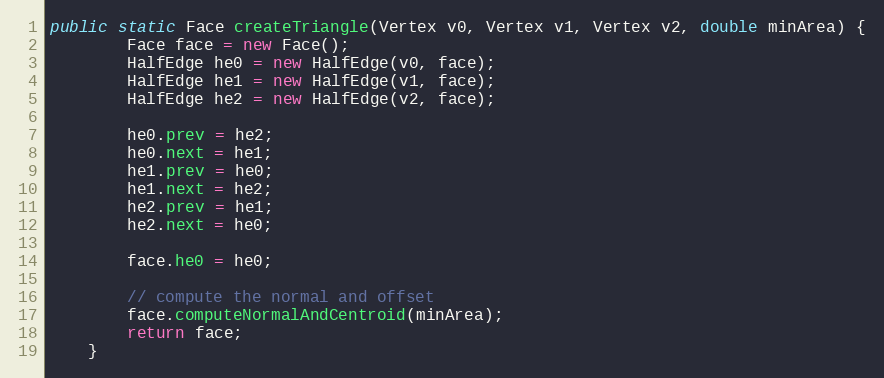
Language: Java
public static Face createTriangle(Vertex v0, Vertex v1, Vertex v2, double minArea) {
        Face face = new Face();
        HalfEdge he0 = new HalfEdge(v0, face);
        HalfEdge he1 = new HalfEdge(v1, face);
        HalfEdge he2 = new HalfEdge(v2, face);

        he0.prev = he2;
        he0.next = he1;
        he1.prev = he0;
        he1.next = he2;
        he2.prev = he1;
        he2.next = he0;

        face.he0 = he0;

        // compute the normal and offset
        face.computeNormalAndCentroid(minArea);
        return face;
    }